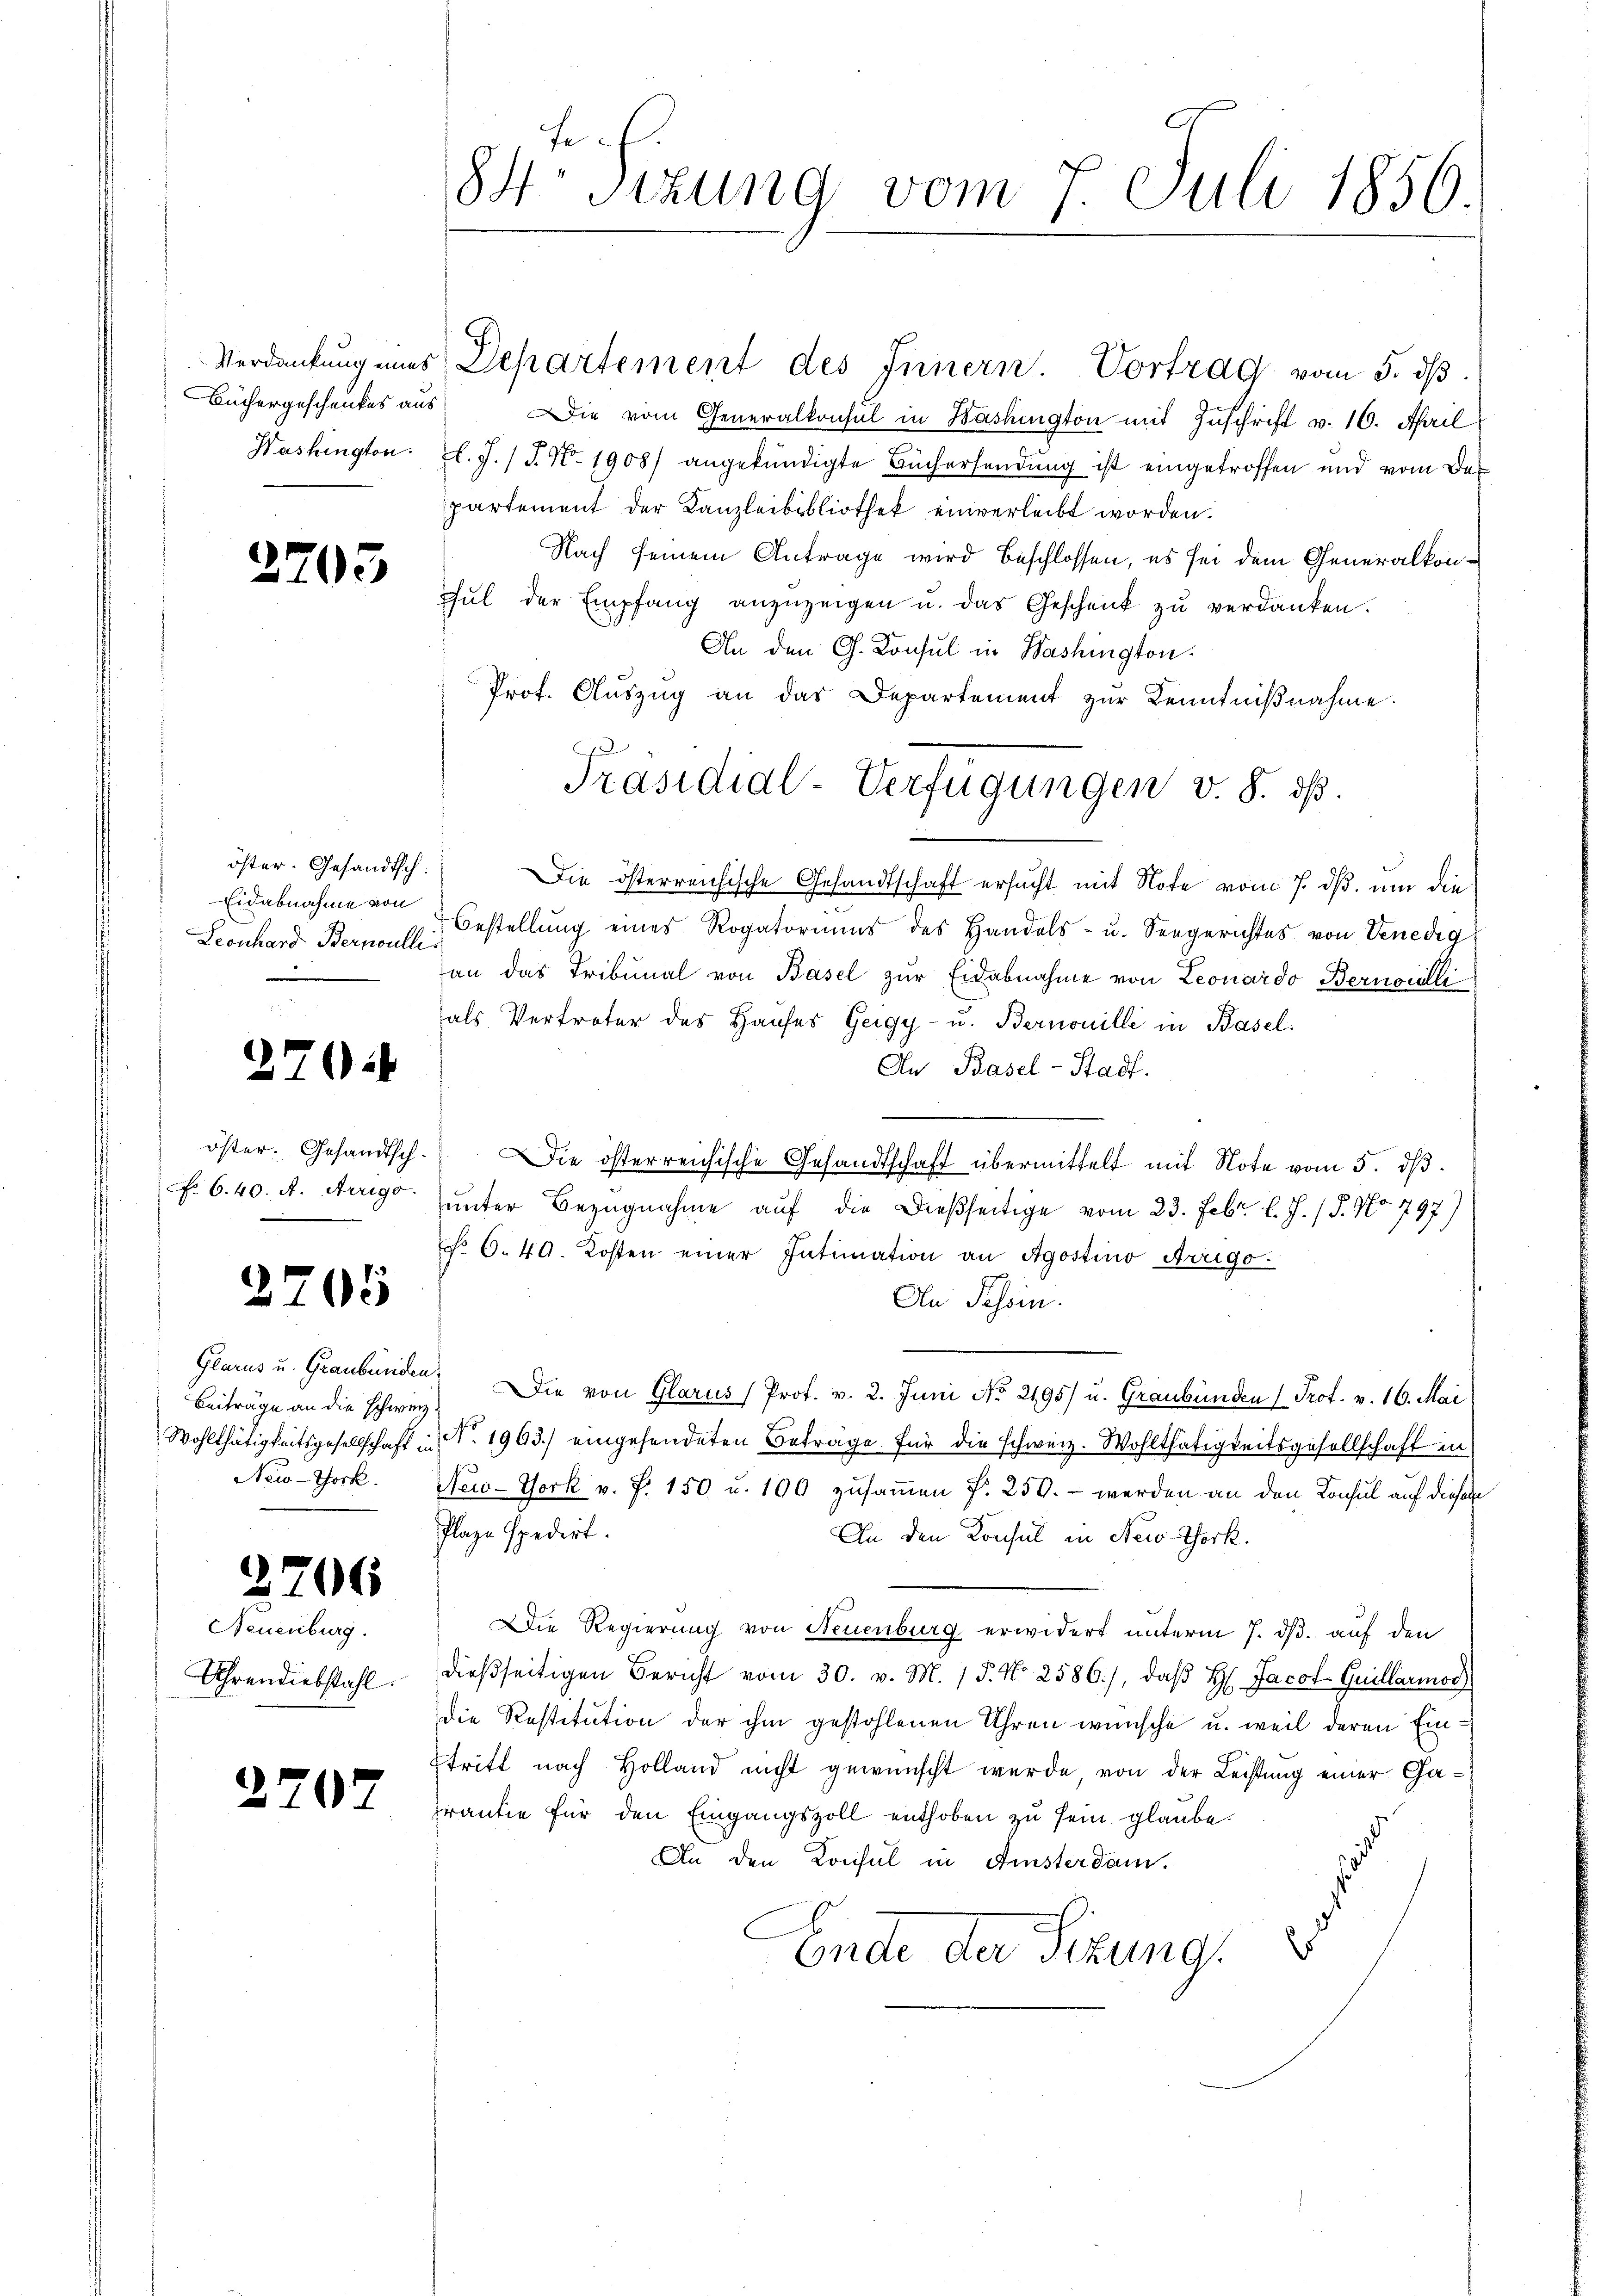
Büchergeschenkes aus

2703

öster. Gesandtsch.
Eidabnahme von
Leonhard Bernoullis

270:

öster. Gesandtsch-
 6.40. A. Arrigo.

2705

Glarus u. Graubünden.
Beiträge an die schweiz.
Wohlthätigkeitsgesellschaft in
New-York.

2706

Neuenburg.
Uhrendiebstahl.

2707

84. Sizung vom 7. Juli 1850.

Verdankŭng eines Departement des Innern. Vortrag vom 5. dβ
Die vom Generalkonsul in Washington mit Zuschrift v. 16. April
Washington. l. J. (T. No. 1908 angekündigte Büchersendung ist eingetroffen und vom Bepartement der Kanzleibibliothek einverleibt worden.
Nach seinem Antrage wird beschlossen, es sei dem Generalkoncul der Empfang anzuzeigen u. das Geschenk zu verdanken.
An den G. Konsul in Washington
Prot. Auszug an das Departement zur Kenntniβnahme.
Die österreichische Gesandtschaft ersucht mit Note vom 7. ds. um die
Bestellung eines Rogatoriums des Handels- u. Seegerichtes von Venedig
an das Tribunal von Basel zŭr Eidabnahme von Leonardo Bernoulli
als Vertreter des Hauses Geigy- u. Bernouille in Basel.
An Basel-Stadt.
Die österreichische Gesandtschaft übermittelt mit Note vom 5. dβ.
unter Bezugnahme auf die dießseitige vom 23. Febr. l. J. (T. No 797)
No. 6. 49. Kosten einer Intimation an Agostino Argo
An Tessin.
Die von Glarus (Prof. v. 2. Juni No 2195) u. Graubünden Prof. v. 16. Mai
N. 1963.) eingesendeten Betrage. Für die schweiz. Wohlthätigkeitsgesellschaft in
New-York v. P. 150 u. 100 zusammen f. 250. - werden an den Konsul auf diesem
Plaze spedirt.
An den Konsul in New-Thock.
Die Regierung von Neuenburg erwidert unterm 7. ds. auf den
dieβseitigen Bericht vom 30. v. M. / 5. No 2586), daβ H. Jacot-Guillarmod
Die Restitution der ihm gestohlenen Uhren wünsche u. weil deren Eintritt nach Holland nicht gewünscht werde, von der Leistung einer Garantie für den Eingangszoll enthoben zu sein glaube.
An den Konsul in Amsterdam.
s
Ende der Sekung.

Präsidial-Verfügungen v. 8. ds.